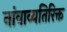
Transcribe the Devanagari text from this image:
नांवाव्यतिरिक्त